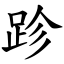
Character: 跈